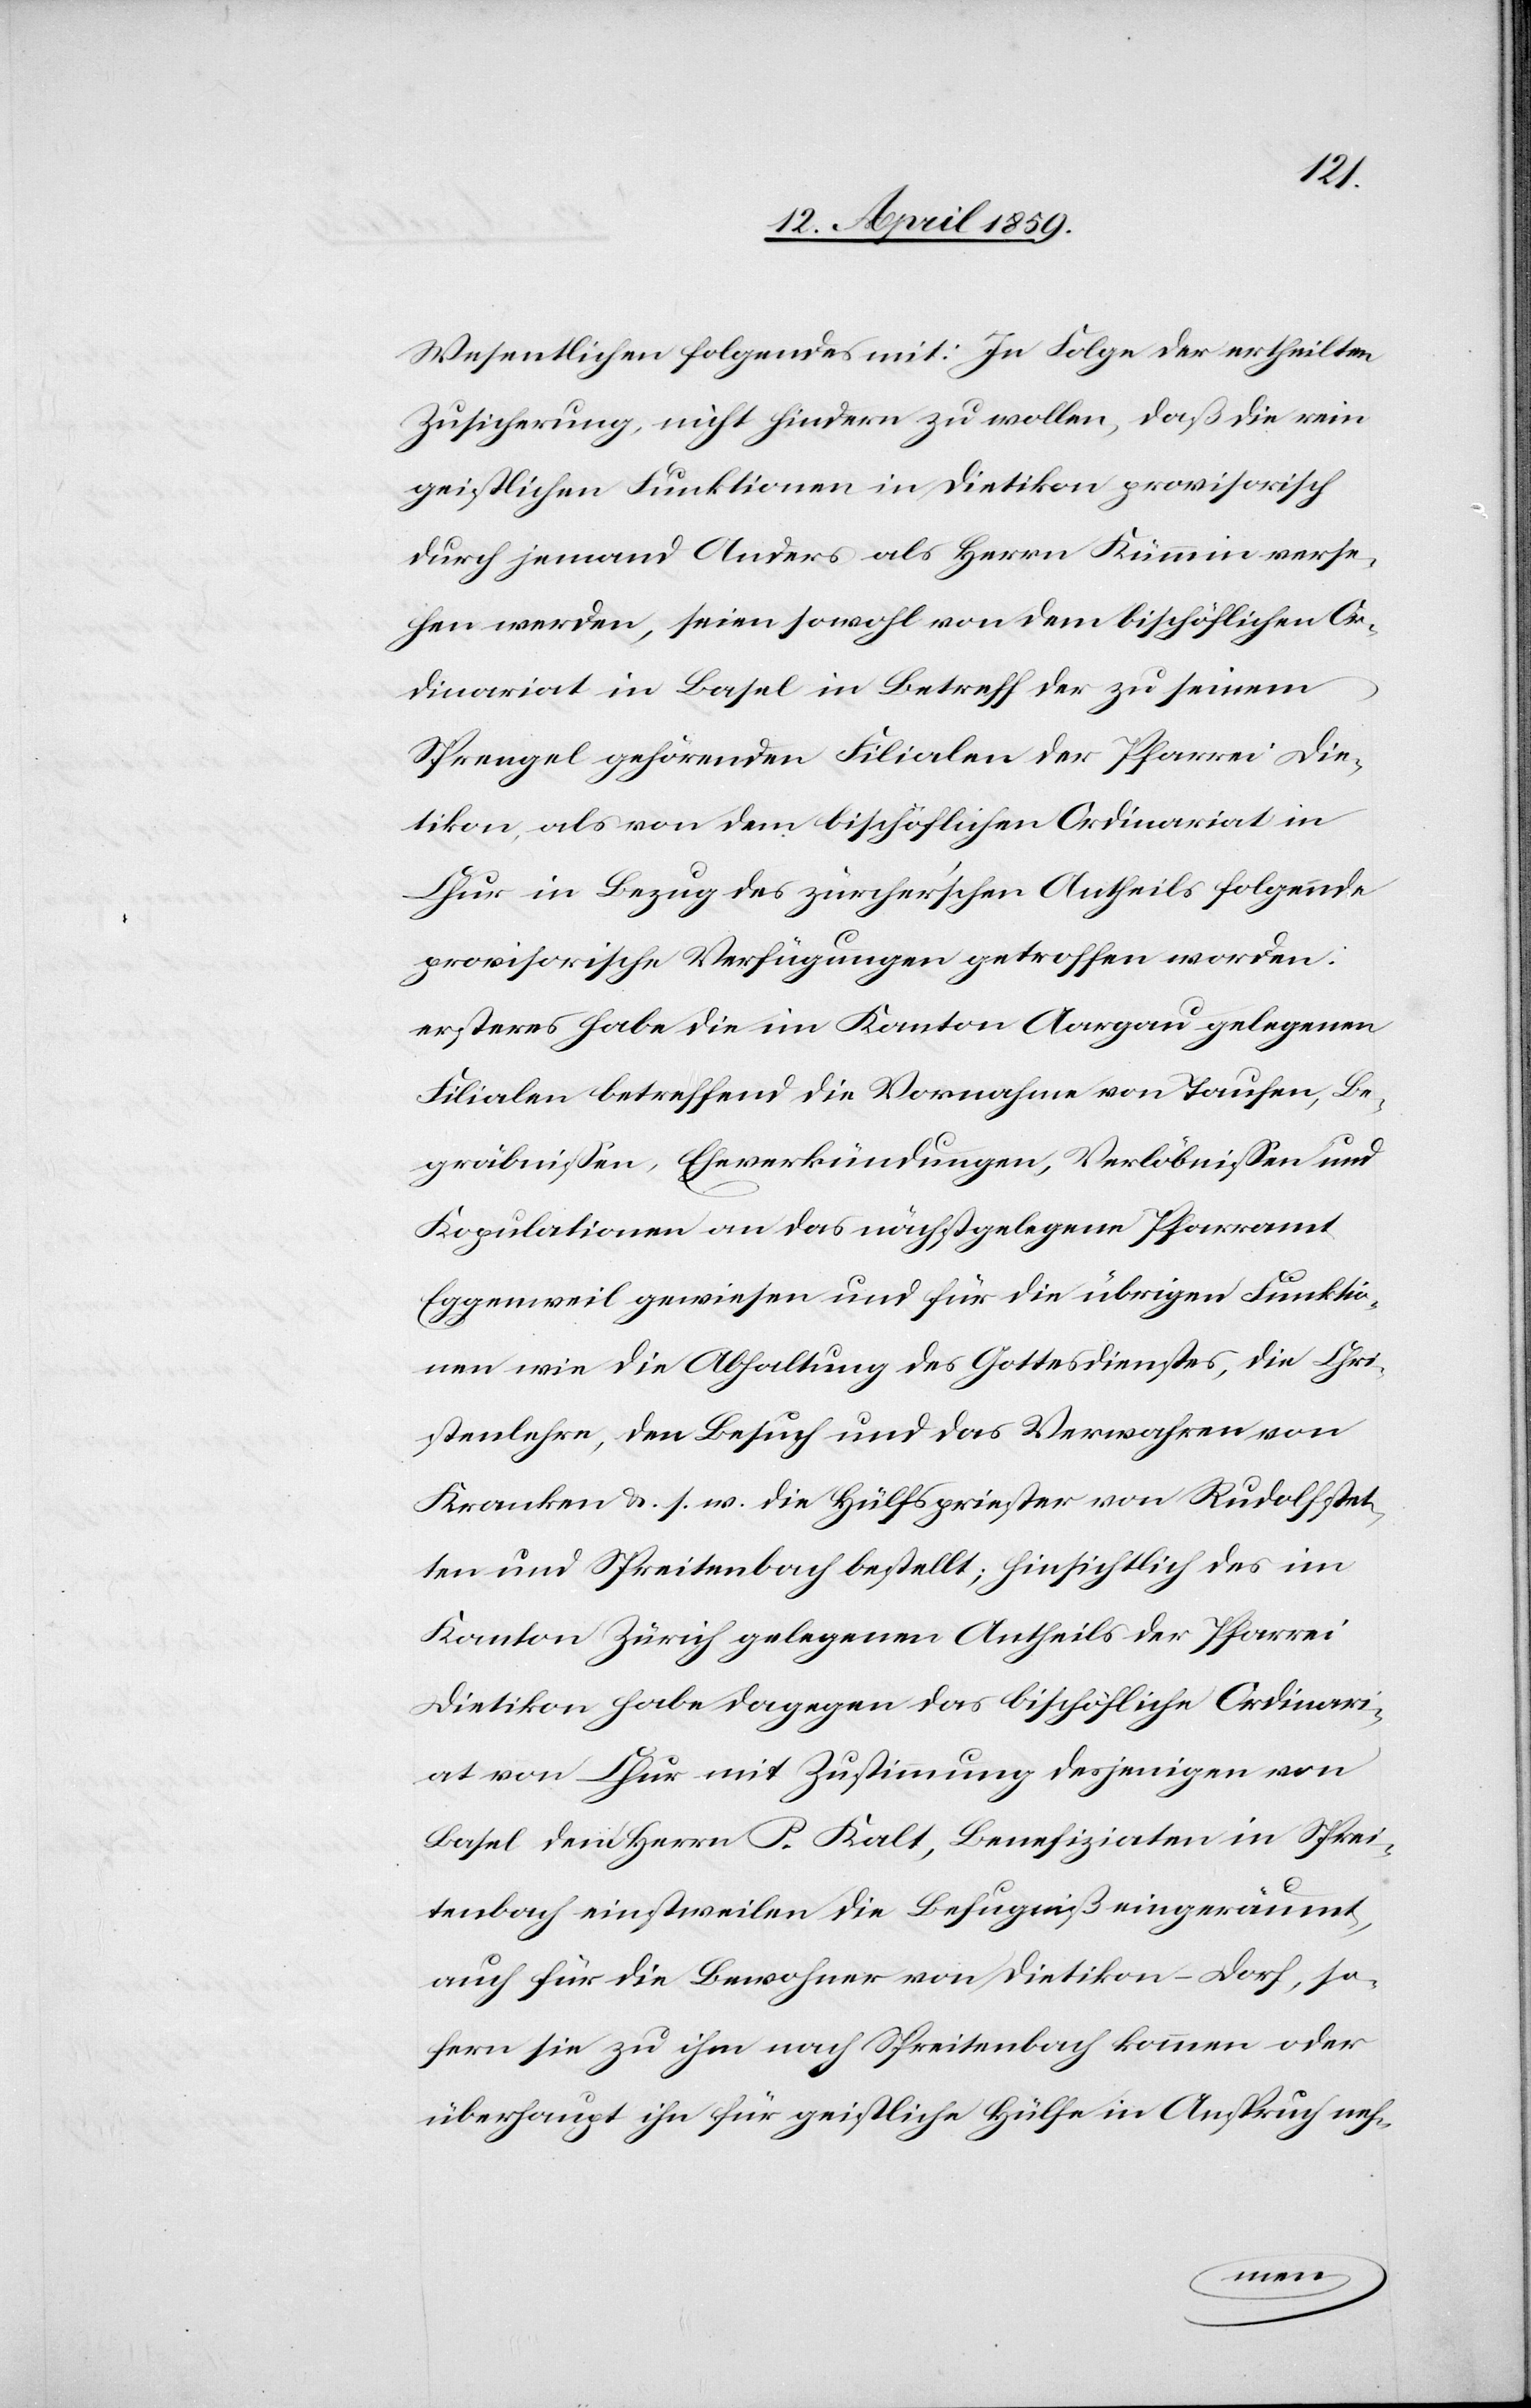
Wesentlichen folgendes mit: In Folge der ertheilten
Zusicherung, nicht hindern zu wollen, daß die rein
geistlichen Funktionen in Dietikon provisorisch
durch jemand Anders als Herrn Kümmin verse¬
hen werden, seien sowohl von dem bischöflichen Or¬
dinariat in Basel in Betreff der zu seinem
Sprengel gehörenden Filialen der Pfarrei Die¬
tikon, als von dem bischöflichen Ordinariat in
Chur in Bezug des zürcherischen Antheils folgende
provisorische Verfügungen getroffen worden:
ersteres habe die im Kanton Aargau gelegenen
Filialen betreffend die Vornahme von Taufen, Be¬
gräbnißen, Eheverkündungen, Verlöbnißen und
Kopulationen an das nächstgelegene Pfarramt
Eggenweil gewiesen und für die übrigen Funktio¬
nen wie die Abhaltung des Gottesdienstes, die Chri¬
stenlehre, den Besuch und das Verwahren von
Kranken &. s. w die Hülfspriester von Rudolfstet¬
ten und Spreitenbach bestellt; hinsichtlich des im
Kanton Zürich gelegenen Antheils der Pfarrei
Dietikon habe dagegen das bischöfliche Ordinari¬
at von Chur mit Zustimmung desjenigen von
Basel den Herrn P. Kalt, Benefiziaten in Sprei¬
tenbach einstweilen die Befugniß eingeräumt,
auch für die Bewohner von Dietikon-Dorf, so¬
fern sie zu ihm nach Spreitenbach kommen oder
überhaupt ihn für geistliche Hülfe in Anspruch neh-